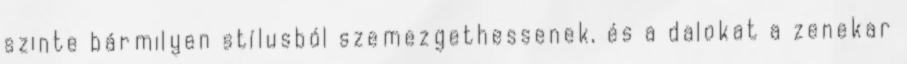
szinte bármilyen stílusból szemezgethessenek, és a dalokat a zenekar